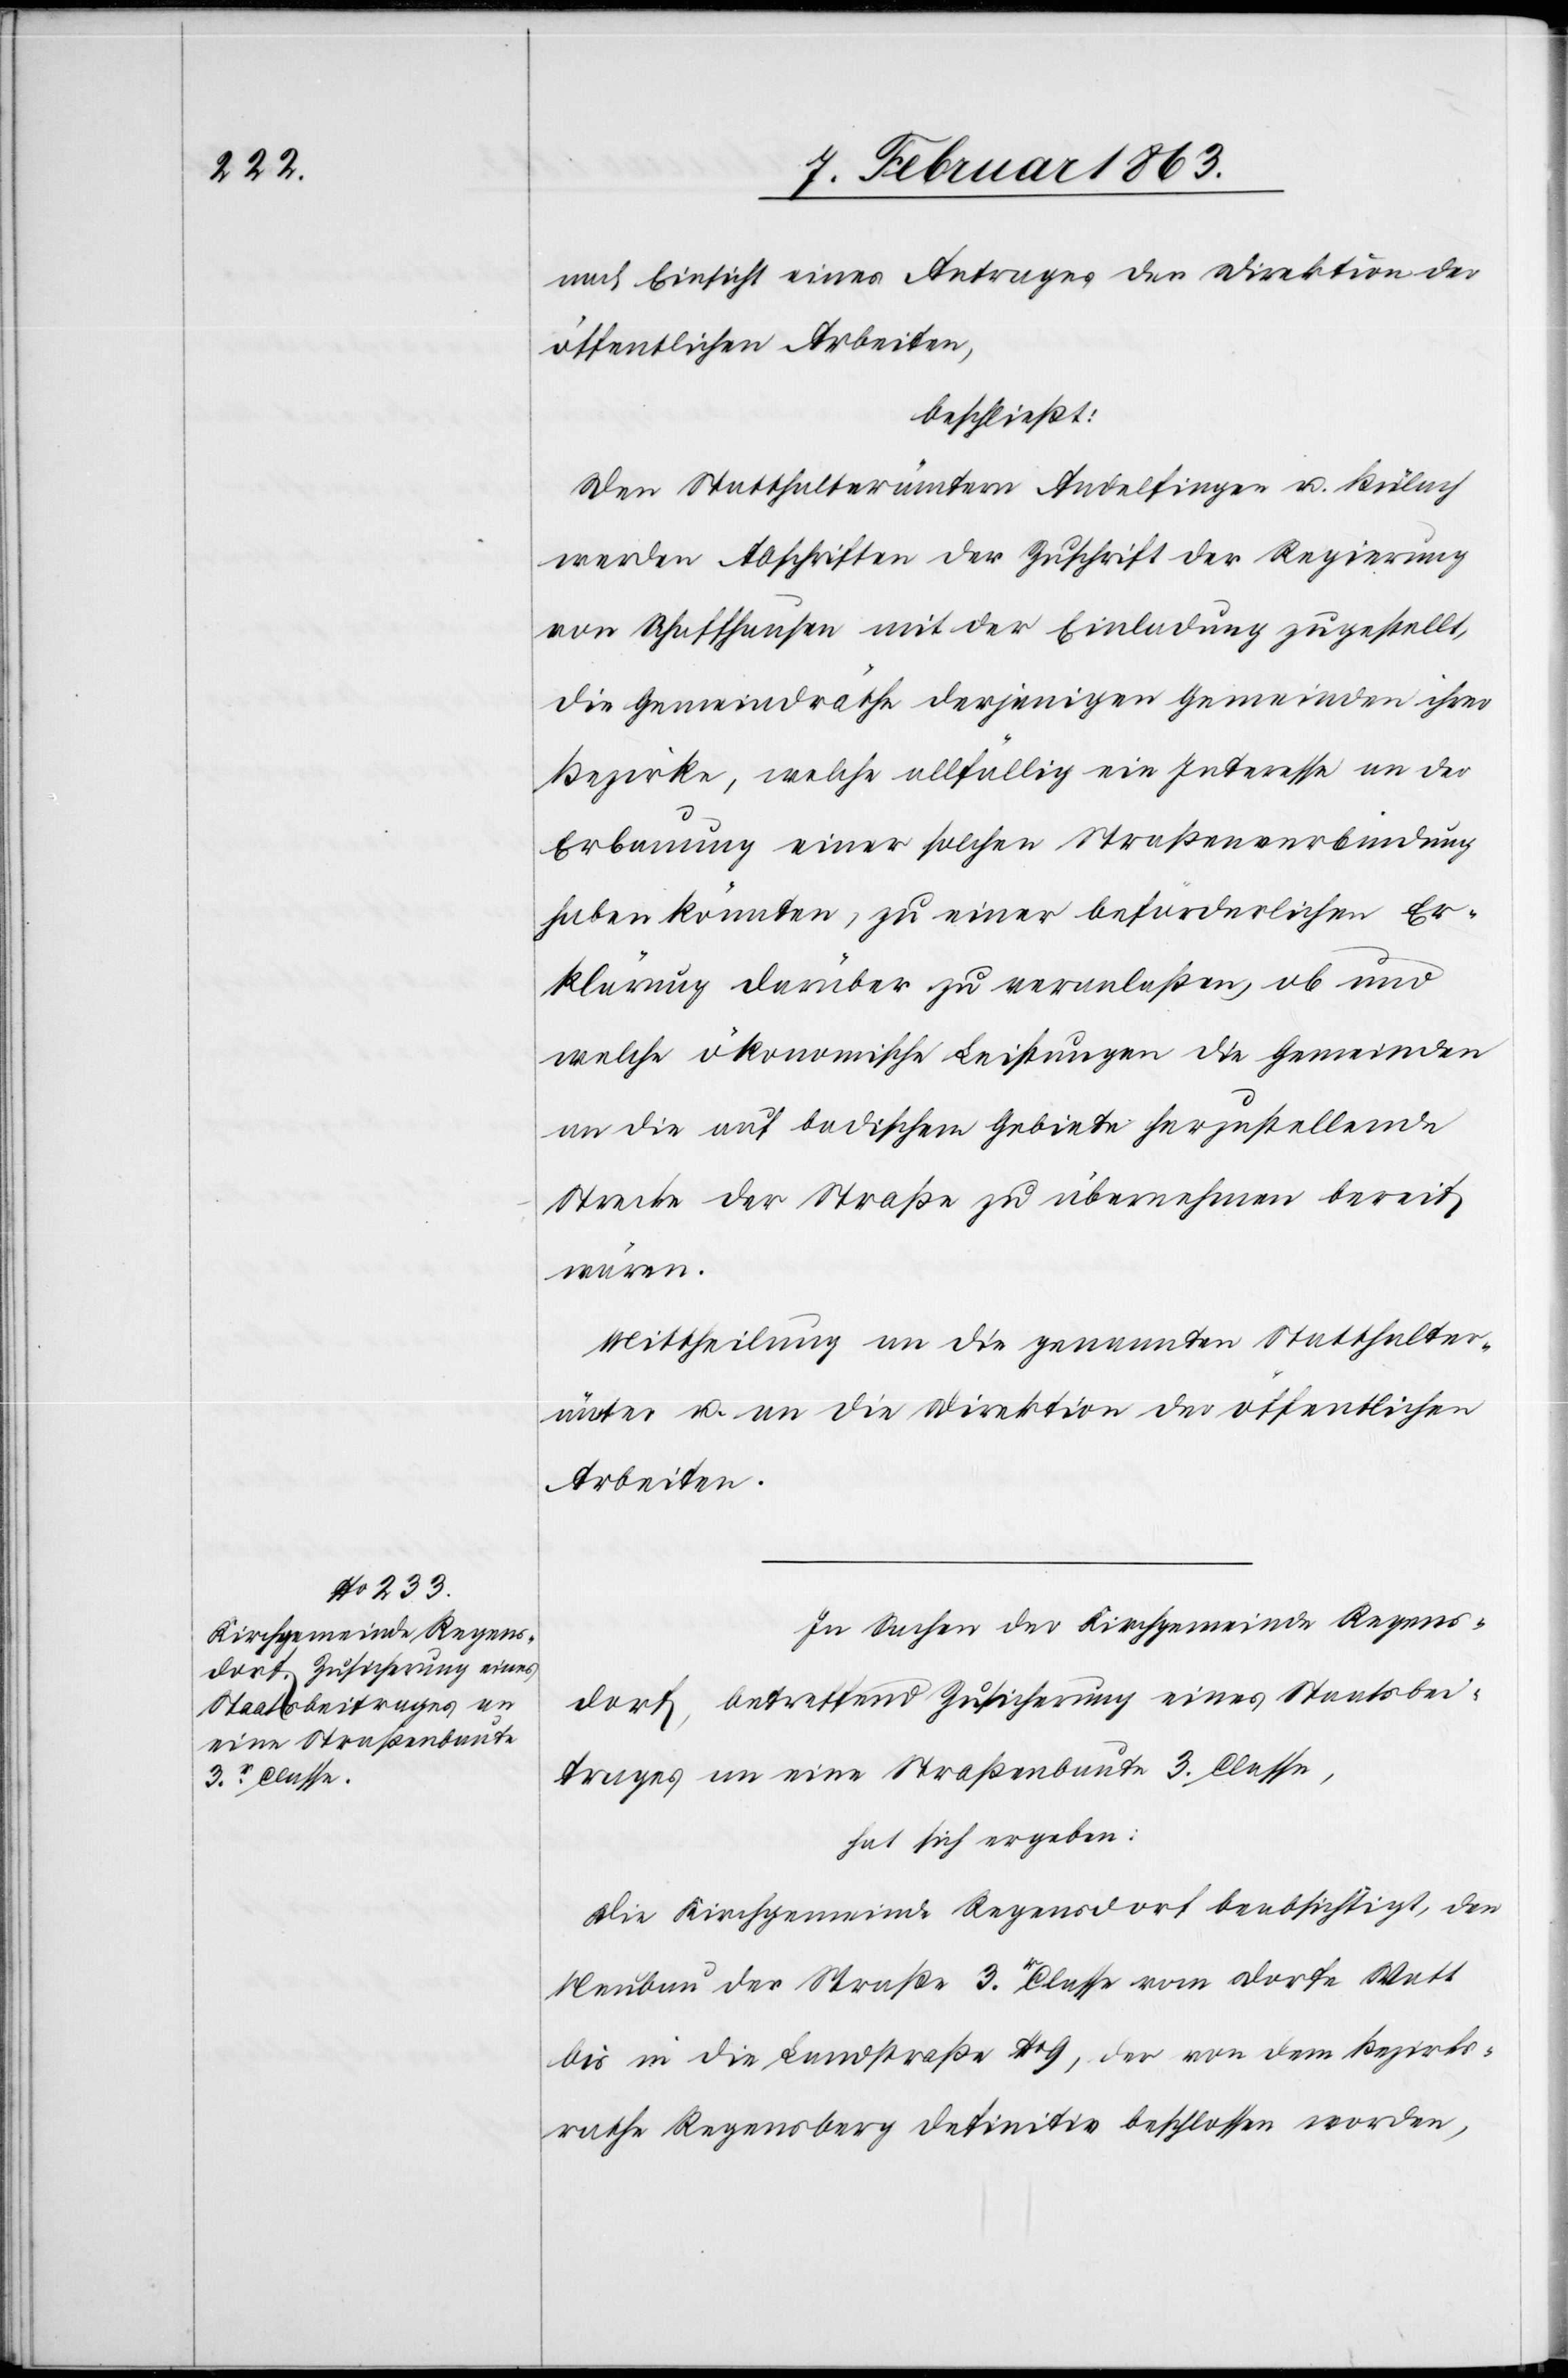
nach Einsicht eines Antrages der Direktion der
öffentlichen Arbeiten,
beschließt:
Den Statthalterämtern Andelfingen u. Bülach
werden Abschriften der Zuschrift der Regierung
von Schaffhausen mit der Einladung zugestellt,
die Gemeindräthe derjenigen Gemeinden ihrer
Bezirke, welche allfällig ein Interesse an der
Erbauung einer solchen Straßenverbindung
haben könnten, zu einer beförderlichen Er¬
klärung darüber zu veranlaßen, ob und
welche ökonomische Leistungen die Gemeinden
an die auf badischem Gebiete herzustellende
Strecke der Straße zu übernehmen bereit
wären.
Mittheilung an die genannten Statthalter¬
ämter u. an die Direktion der öffentlichen
Arbeiten.
In Sachen der Kirchgemeinde Regens¬
dorf, betreffend Zusicherung eines Staatsbei¬
trages an eine Straßenbaute 3. Classe,
hat sich ergeben:
Die Kirchgemeinde Regensdorf beabsichtigt, den
Neubau der Straße 3r. Classe vom Dorfe Watt
bis in die Landstraße No 9, der von dem Bezirks¬
rathe Regensberg definitiv beschlossen worden,